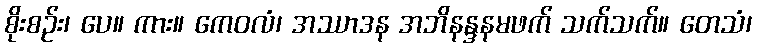
စိုးစဉ်း၊ ပေ။ ကား။ ကေဝလံ၊ အဿာဒန အဘိနန္ဒနမဖက် သက်သက်။ တေသံ၊